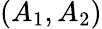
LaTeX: (A_{1},A_{2})